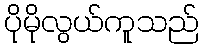
ပိုမိုလွယ်ကူသည်